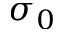
\sigma _ { 0 }